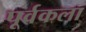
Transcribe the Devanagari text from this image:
पूर्वकला